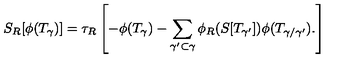
S _ { R } [ \phi ( T _ { \gamma } ) ] = \tau _ { R } \left[ - \phi ( T _ { \gamma } ) - \sum _ { \gamma ^ { \prime } \subset \gamma } \phi _ { R } ( S [ T _ { \gamma ^ { \prime } } ] ) \phi ( T _ { \gamma / \gamma ^ { \prime } } ) . \right]